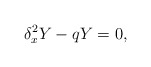
\begin{align*} \delta_x^2Y-qY=0,\end{align*}